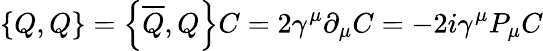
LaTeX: \left\{ Q,Q\right\} =\left\{ {\overline{{Q}}},Q\right\} C=2\gamma^{\mu}\partial_{\mu}C=-2i\gamma^{\mu}P_{\mu}C